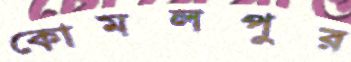
কোমলপুর